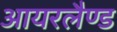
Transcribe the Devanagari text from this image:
आयरलैण्‍ड